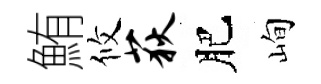
鮪攸荻肥峋